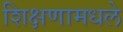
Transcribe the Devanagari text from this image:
शिक्षणामधले